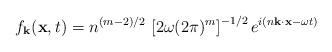
LaTeX: \begin{align*}f_{\bf k}({\bf x},t) = n^{(m-2)/2}\,\left[ 2\omega (2\pi)^m \right]^{-1/2}e^{i(n{\bf k}\cdot{\bf x}- \omega t)}\end{align*}